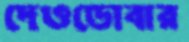
দেওডোবার